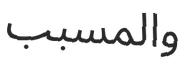
والمسبب